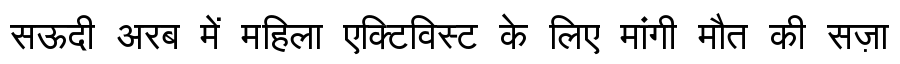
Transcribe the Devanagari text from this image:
सऊदी अरब में महिला एक्टिविस्ट के लिए मांगी मौत की सज़ा